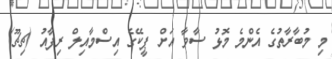
މި މުބާރާތުގެ އެންމެ މޮޅު ސާވާ އަށް ޕީކޭގެ އިސްމާއިލް ރިފާއު (ޗިޗޫ)